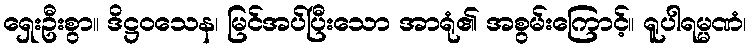
ရှေးဦးစွာ။ ဒိဋ္ဌဝသေန၊ မြင်အပ်ပြီးသော အာရုံ၏ အစွမ်းကြောင့်။ ရူပါရမ္မဏံ၊